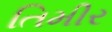
તિમીર